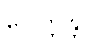
ဝေါက္ကန္တာ